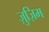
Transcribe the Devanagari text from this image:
ज़ुज़िम